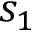
s _ { 1 }